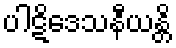
ပါဋိဒေသနီယန္တိ